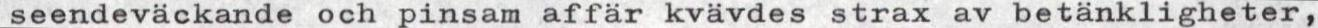
seendeväckande och pinsam affär kvävdes strax av betänkligheter,